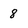
Character: 8